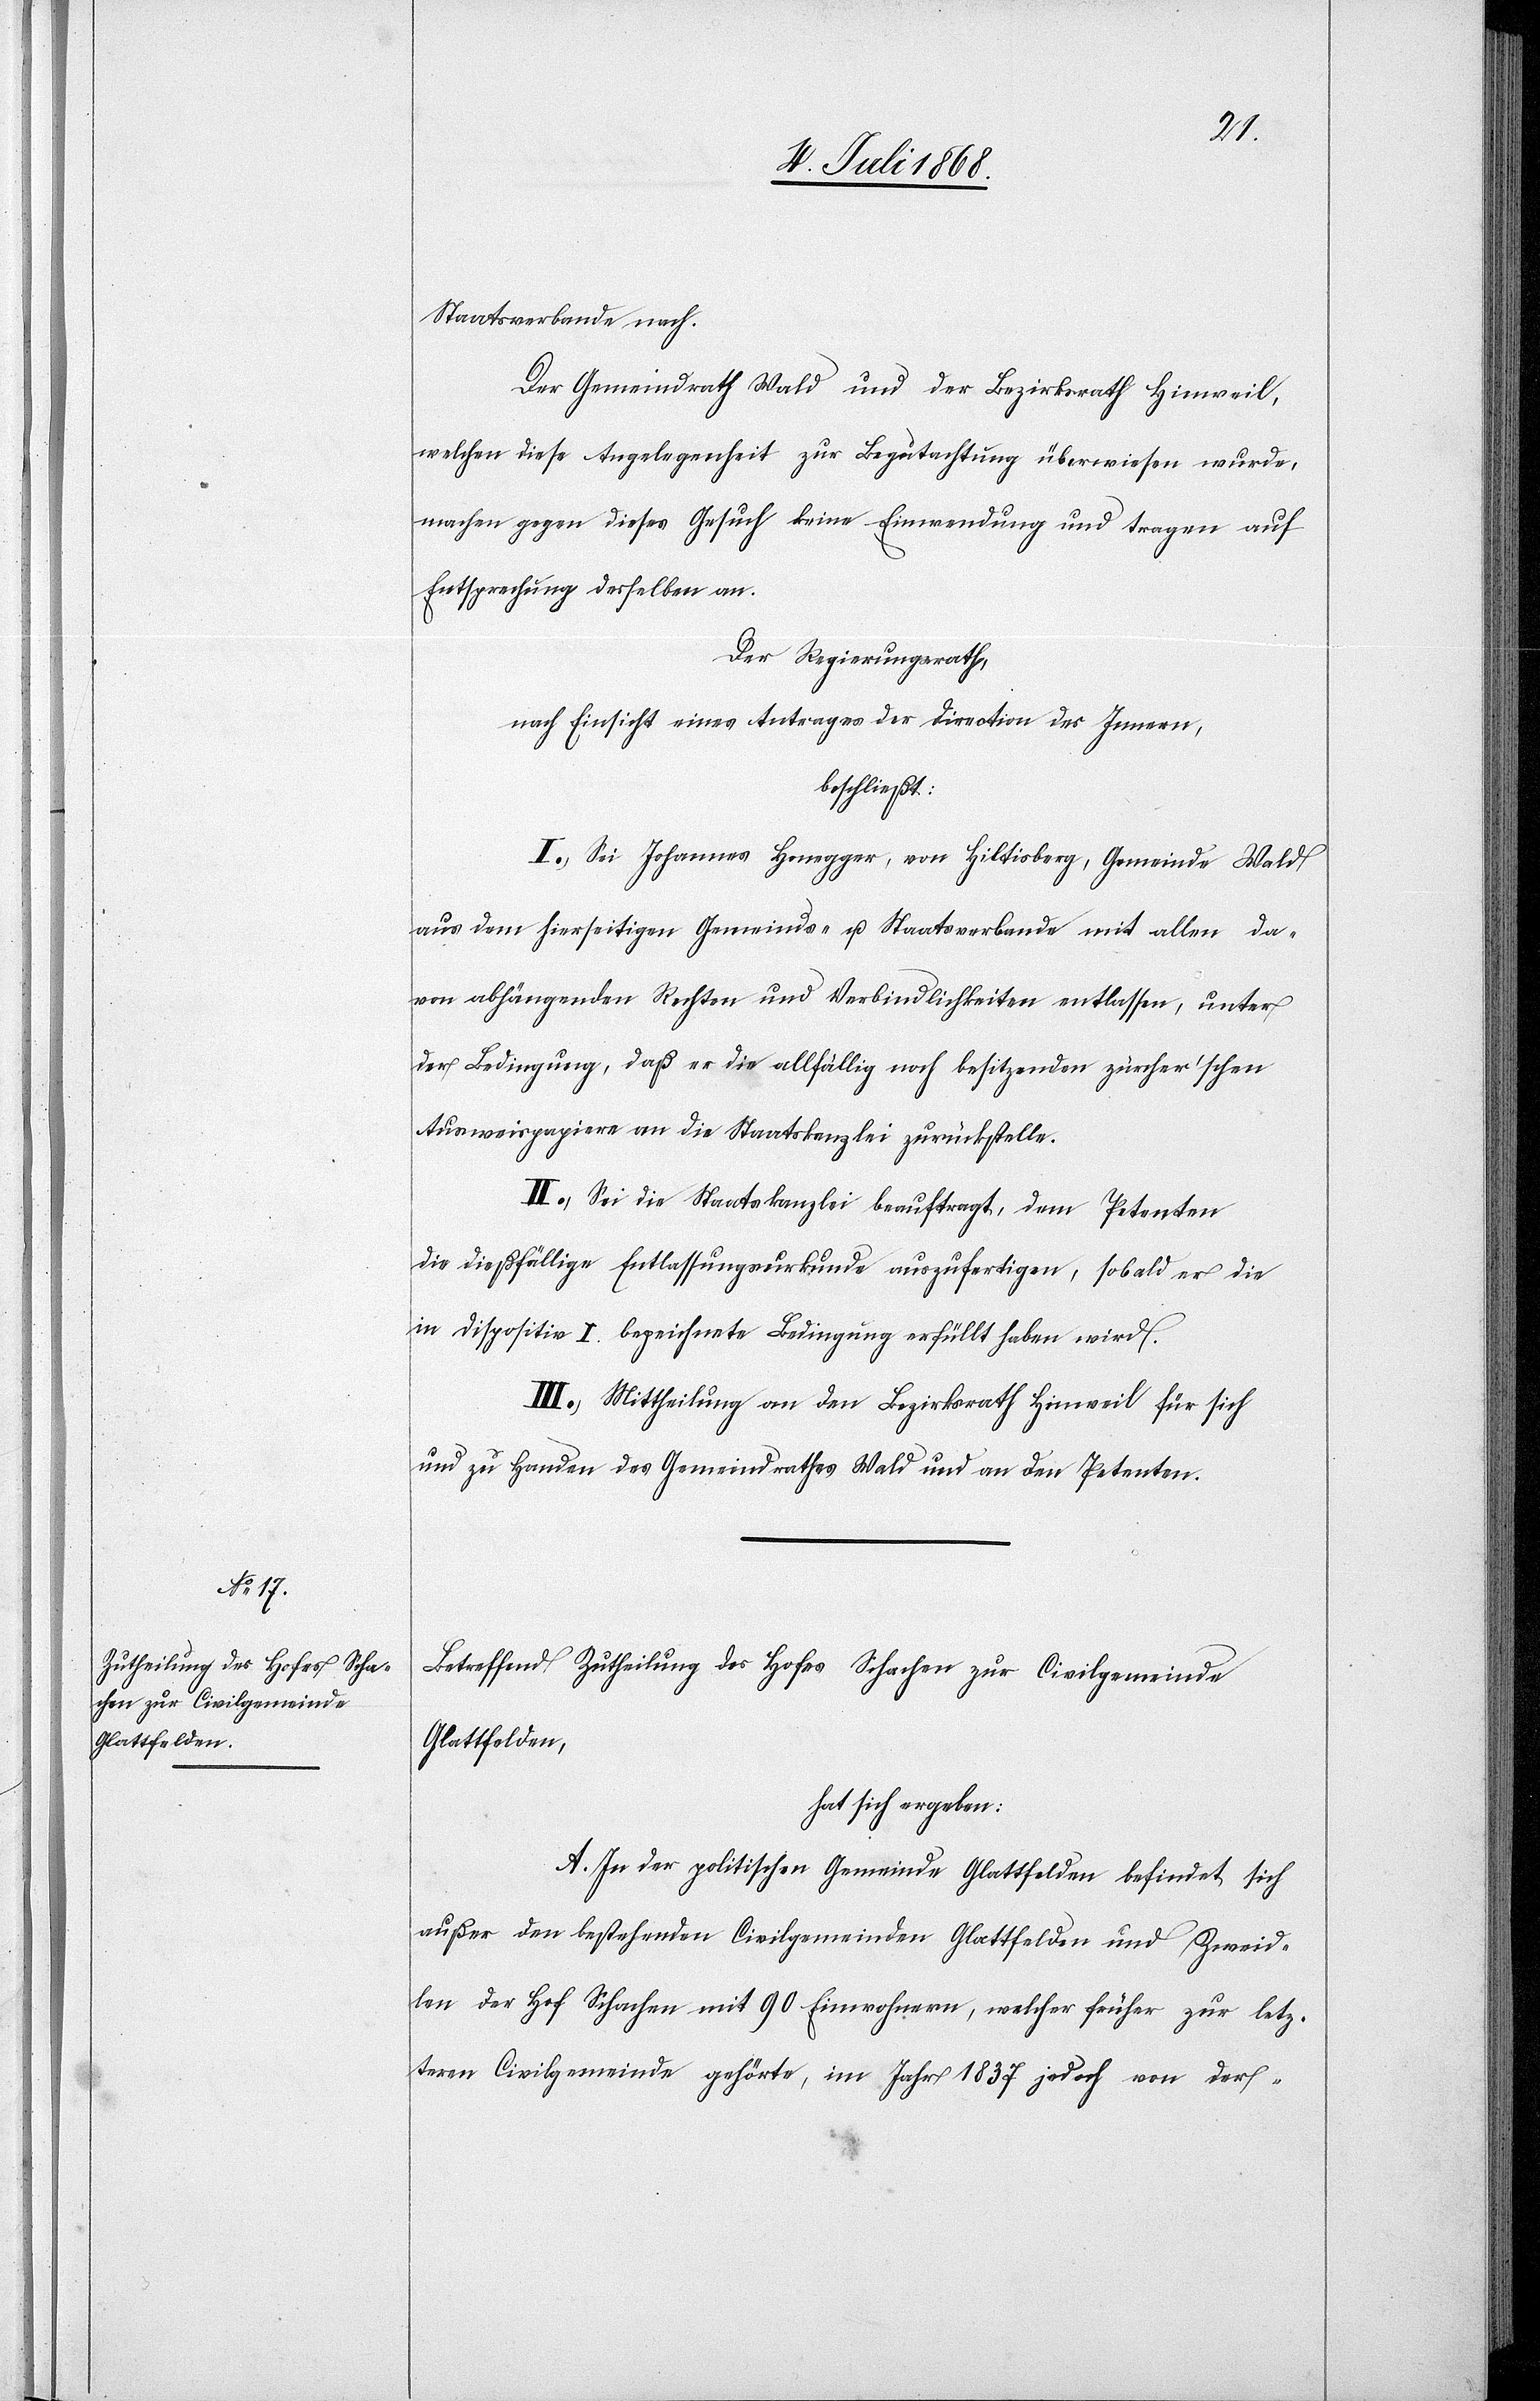
Staatsverbande nach.
Der Gemeindrath Wald und der Bezirksrath Hinweil,
welchen diese Angelegenheit zur Begutachtung überwiesen wurde,
machen gegen dieses Gesuch keine Einwendung und tragen auf
Entsprechung desselben an.
Der Regierungsrath,
nach Einsicht eines Antrages der Direction des Innern,
beschließt:
I.) Sei Johannes Honegger, von Hiltisberg, Gemeinde Wald
aus dem hierseitigen Gemeinds- u. Staatsverbande mit allen da¬
von abhängenden Rechten und Verbindlichkeiten entlassen, unter
der Bedingung, daß er die allfällig noch besitzenden zürcher’schen
Ausweispapiere an die Staatskanzlei zurückstelle.
II.) Sei die Staatskanzlei beauftragt, dem Petenten
die dießfällige Entlassungsurkunde auszufertigen, sobald er die
in Dispositiv I. bezeichnete Bedingung erfüllt haben wird.
III.) Mittheilung an den Bezirksrath Hinweil für sich
und zu Handen des Gemeindrathes Wald und an den Petenten.
Betreffend Zutheilung des Hofes Schachen zur Civilgemeinde
Glattfelden,
hat sich ergeben:
A. In der politischen Gemeinde Glattfelden befindet sich
außer den bestehenden Civilgemeinden Glattfelden und Zweid¬
len der Hof Schachen mit 90 Einwohnern, welcher früher zur letz¬
teren Civilgemeinde gehörte, im Jahr 1837 jedoch von der-